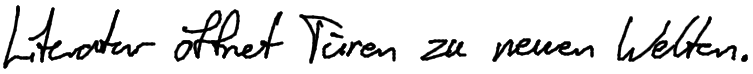
Literatur öffnet Türen zu neuen Welten.